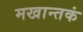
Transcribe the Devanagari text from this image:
मखान्तकं